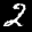
Label: 2